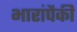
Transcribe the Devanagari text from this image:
भारांपैकी